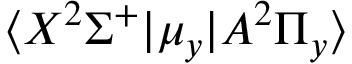
\langle X ^ { 2 } \Sigma ^ { + } | \mu _ { y } | A ^ { 2 } \Pi _ { y } \rangle